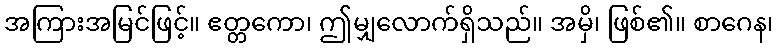
အကြားအမြင်ဖြင့်။ ဧတ္တကော၊ ဤမျှလောက်ရှိသည်။ အမှိ၊ ဖြစ်၏။ စာဂေန၊